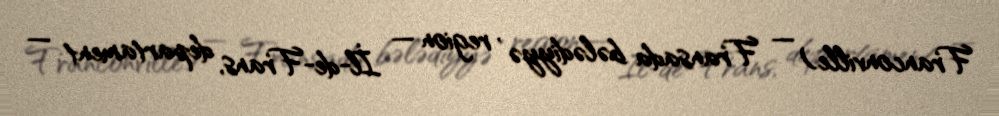
Franconville) — Fransada bələdiyyə , region — İl-de-Frans, departament —